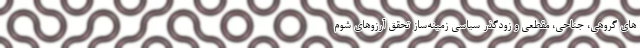
های گروهی، جناحی، مقطعی و زودگذر سیاسی زمینه‌ساز تحقق آرزوهای شوم